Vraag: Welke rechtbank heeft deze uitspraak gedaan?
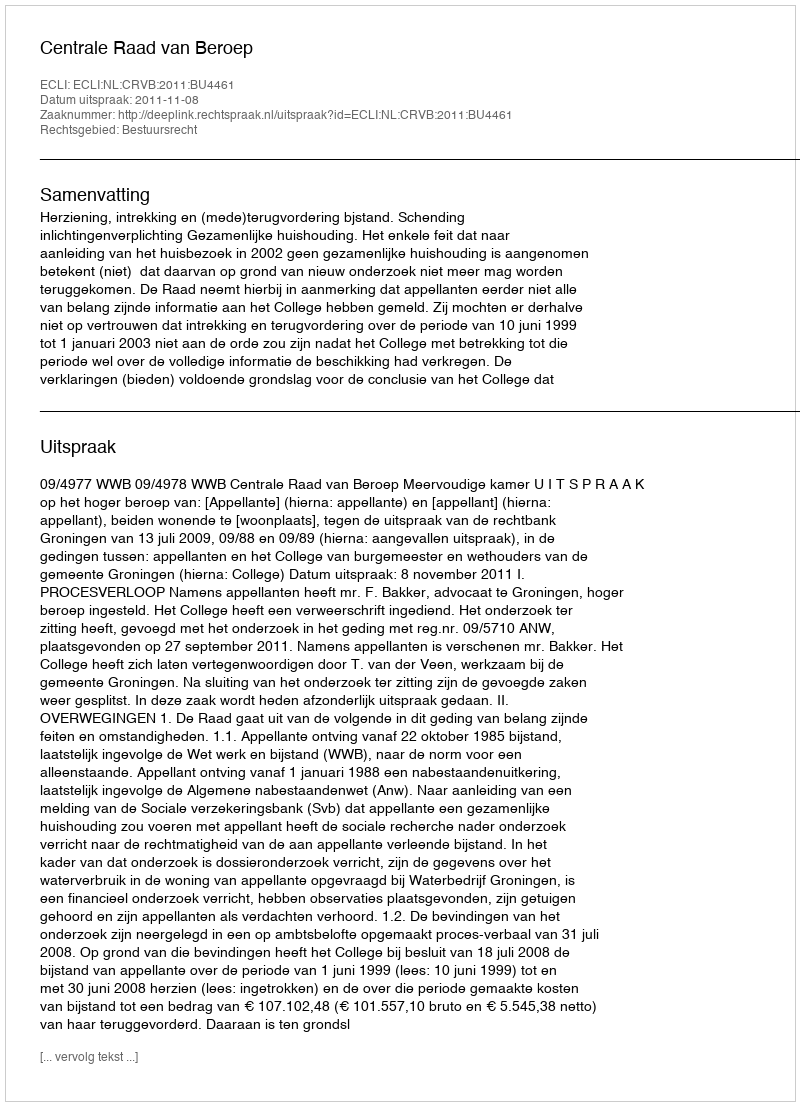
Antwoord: Centrale Raad van Beroep